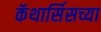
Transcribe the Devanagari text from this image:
कॅथार्सिसच्या